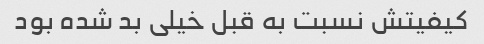
کیفیتش نسبت به قبل خیلی بد شده بود